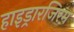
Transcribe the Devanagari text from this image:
हाइड्रारजिरम